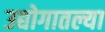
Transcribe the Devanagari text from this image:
उद्योगातल्या